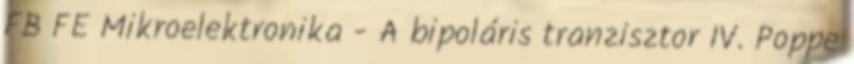
FB FE Mikroelektronika - A bipoláris tranzisztor IV. Poppe